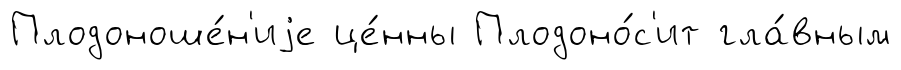
Плодоноше́н'иjе це́нны Плодоно́с'ит гла́вным